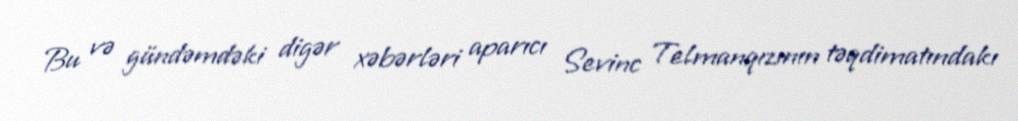
Bu və gündəmdəki digər xəbərləri aparıcı Sevinc Telmanqızının təqdimatındakı